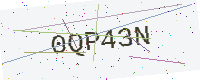
Text: 0QP43N